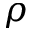
\rho